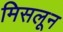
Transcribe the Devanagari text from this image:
मिसलून